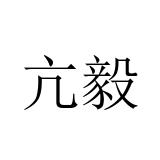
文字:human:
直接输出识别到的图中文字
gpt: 亢毅